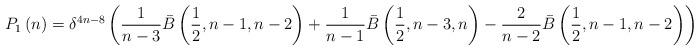
LaTeX: \begin{align*}P_1 \left( n \right) = \delta ^{4n - 8} \left( {\frac{1}{{n - 3}}\bar B\left( {\frac{1}{2},n - 1,n - 2} \right) + \frac{1}{{n - 1}}\bar B\left( {\frac{1}{2},n - 3,n} \right) - \frac{2}{{n - 2}}\bar B\left( {\frac{1}{2},n - 1,n - 2} \right)} \right)\end{align*}